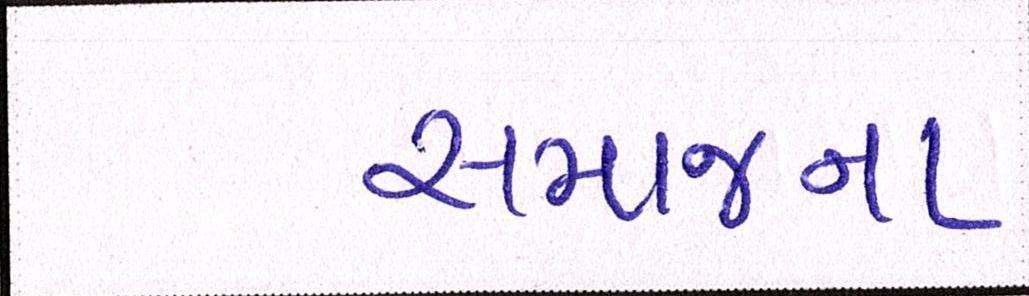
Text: સમાજના